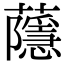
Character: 蘟